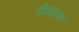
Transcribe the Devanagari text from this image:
सैय्यदना